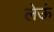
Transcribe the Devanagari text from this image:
लेऊं